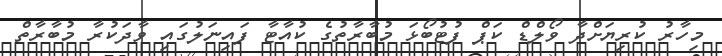
މިހާރު ކުރިޔަށްދާ ވޯލްޑް ކަޕް ފުޓުބޯޅަ މުބާރާތުގެ ކުއާޓާ ފައިނަލުގައި ވާދަކުރާ މުބާރާތް